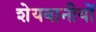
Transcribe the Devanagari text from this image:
शेयबानीयों